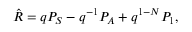
\hat { R } = q { \cal P } _ { S } - q ^ { - 1 } { \cal P } _ { A } + q ^ { 1 - N } { \cal P } _ { 1 } ,